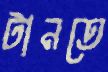
টানতে